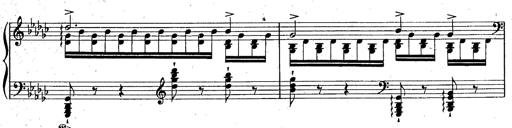
Title: La Marseillaise
Composer: Franz Liszt
Key: B-flat major